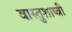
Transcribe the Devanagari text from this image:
वास्तुशाष्त्री